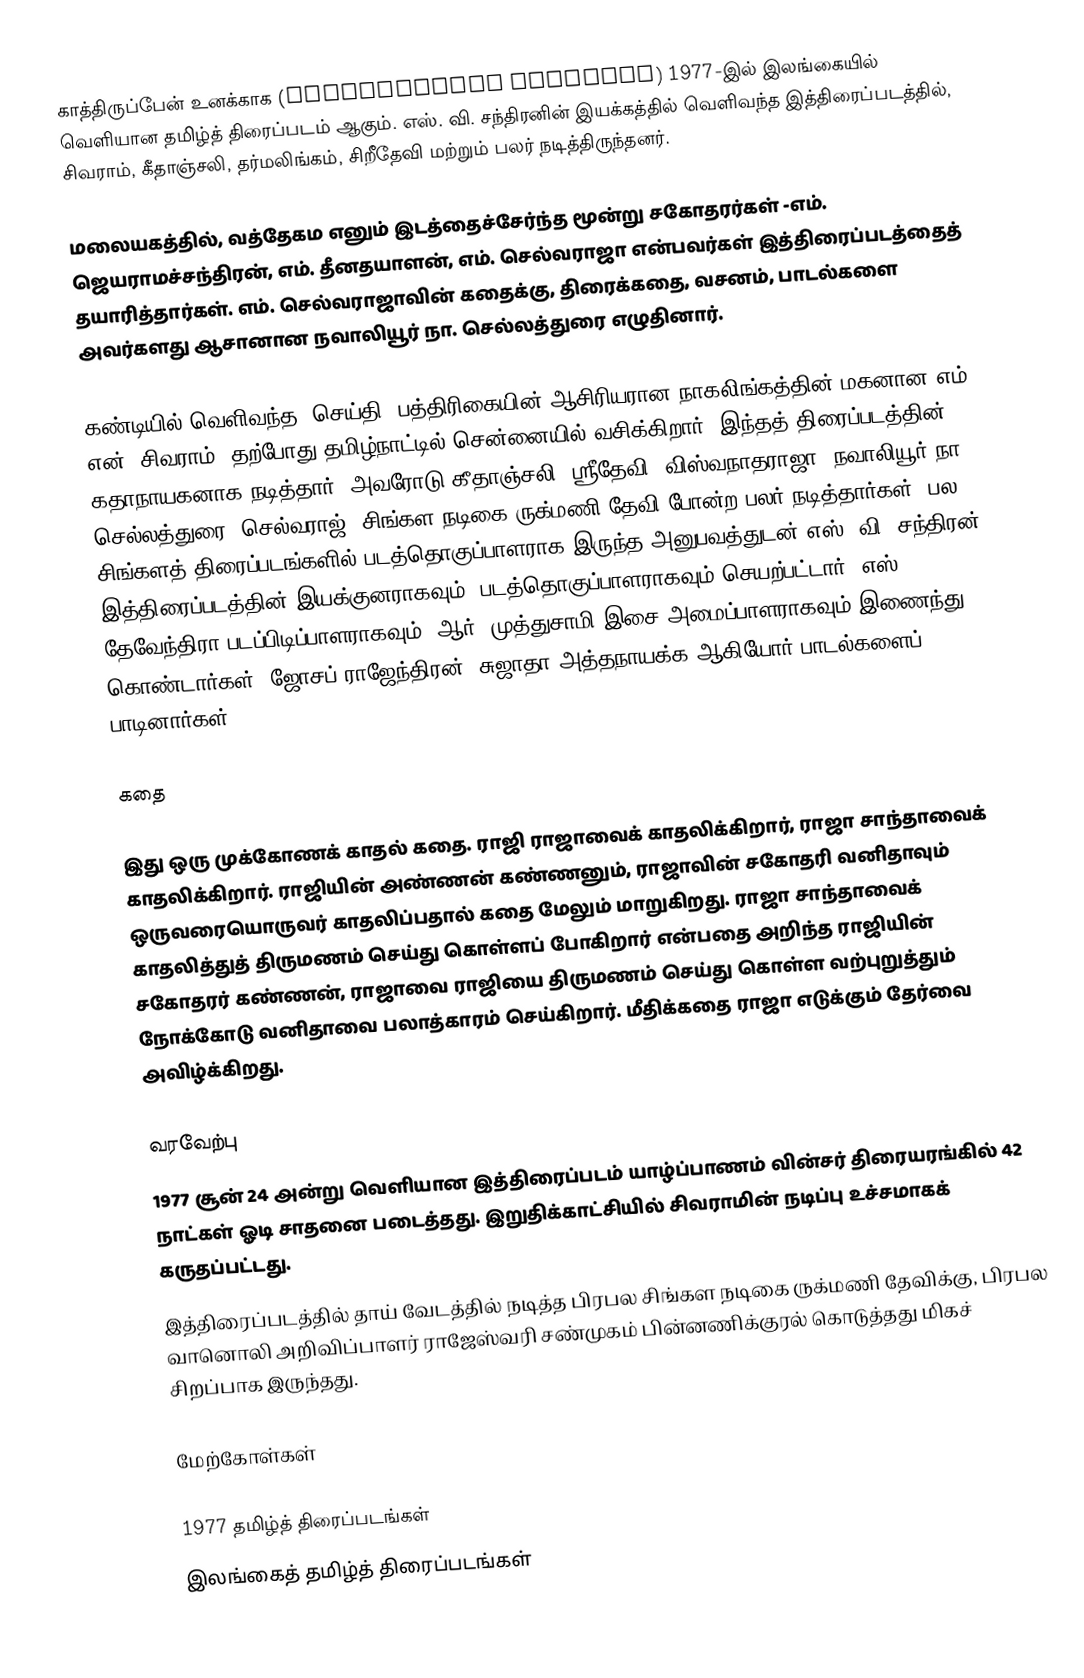
காத்திருப்பேன் உனக்காக (Kaathirupaen Unakaaha) 1977-இல் இலங்கையில் வெளியான தமிழ்த் திரைப்படம் ஆகும். எஸ். வி. சந்திரனின் இயக்கத்தில் வெளிவந்த இத்திரைப்படத்தில், சிவராம், கீதாஞ்சலி, தர்மலிங்கம், சிறீதேவி மற்றும் பலர் நடித்திருந்தனர்.

மலையகத்தில், வத்தேகம எனும் இடத்தைச்சேர்ந்த மூன்று சகோதரர்கள் -எம். ஜெயராமச்சந்திரன், எம். தீனதயாளன், எம். செல்வராஜா என்பவர்கள் இத்திரைப்படத்தைத் தயாரித்தார்கள். எம். செல்வராஜாவின் கதைக்கு, திரைக்கதை, வசனம், பாடல்களை அவர்களது ஆசானான நவாலியூர் நா. செல்லத்துரை எழுதினார்.

கண்டியில் வெளிவந்த "செய்தி" பத்திரிகையின் ஆசிரியரான நாகலிங்கத்தின் மகனான எம். என். சிவராம் (தற்போது  தமிழ்நாட்டில் சென்னையில் வசிக்கிறார்) இந்தத் திரைப்படத்தின் கதாநாயகனாக நடித்தார். அவரோடு கீதாஞ்சலி, ஸ்ரீதேவி, விஸ்வநாதராஜா, நவாலியூர் நா. செல்லத்துரை, செல்வராஜ், சிங்கள நடிகை ருக்மணி தேவி போன்ற பலர் நடித்தார்கள். பல சிங்களத் திரைப்படங்களில் படத்தொகுப்பாளராக இருந்த அனுபவத்துடன் எஸ். வி. சந்திரன் இத்திரைப்படத்தின் இயக்குனராகவும், படத்தொகுப்பாளராகவும்  செயற்பட்டார். எஸ். தேவேந்திரா படப்பிடிப்பாளராகவும், ஆர். முத்துசாமி இசை அமைப்பாளராகவும் இணைந்து கொண்டார்கள். ஜோசப் ராஜேந்திரன், சுஜாதா அத்தநாயக்க ஆகியோர் பாடல்களைப் பாடினார்கள்.

கதை

இது ஒரு முக்கோணக் காதல் கதை. ராஜி ராஜாவைக் காதலிக்கிறார், ராஜா சாந்தாவைக் காதலிக்கிறார். ராஜியின் அண்ணன் கண்ணனும், ராஜாவின் சகோதரி வனிதாவும் ஒருவரையொருவர் காதலிப்பதால் கதை மேலும் மாறுகிறது. ராஜா சாந்தாவைக் காதலித்துத் திருமணம் செய்து கொள்ளப் போகிறார் என்பதை அறிந்த ராஜியின் சகோதரர் கண்ணன், ராஜாவை ராஜியை திருமணம் செய்து கொள்ள வற்புறுத்தும் நோக்கோடு வனிதாவை பலாத்காரம் செய்கிறார். மீதிக்கதை ராஜா எடுக்கும் தேர்வை அவிழ்க்கிறது.

வரவேற்பு
 1977 சூன் 24 அன்று வெளியான இத்திரைப்படம் யாழ்ப்பாணம் வின்சர் திரையரங்கில் 42 நாட்கள் ஓடி சாதனை படைத்தது. இறுதிக்காட்சியில் சிவராமின் நடிப்பு உச்சமாகக் கருதப்பட்டது.
 இத்திரைப்படத்தில் தாய் வேடத்தில் நடித்த பிரபல சிங்கள நடிகை ருக்மணி தேவிக்கு, பிரபல வானொலி அறிவிப்பாளர் ராஜேஸ்வரி சண்முகம் பின்னணிக்குரல் கொடுத்தது மிகச் சிறப்பாக இருந்தது.

மேற்கோள்கள்

1977 தமிழ்த் திரைப்படங்கள்
இலங்கைத் தமிழ்த் திரைப்படங்கள்